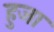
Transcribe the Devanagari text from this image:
हुजा